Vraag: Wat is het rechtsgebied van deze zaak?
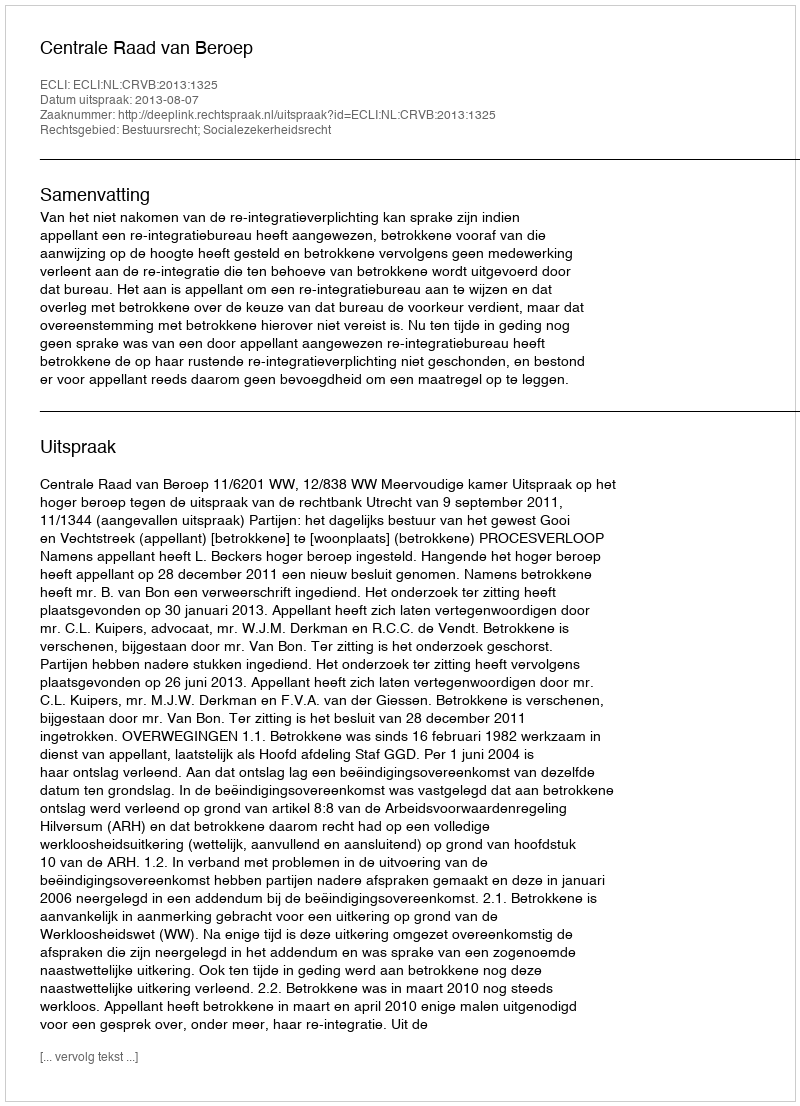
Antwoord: Bestuursrecht; Socialezekerheidsrecht